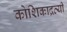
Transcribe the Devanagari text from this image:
कोशिकाद्रव्यी